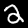
Digit: 2